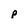
Character: p